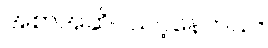
အစာအဆိပ်သင့်နေတယ်။